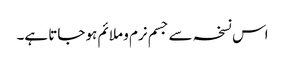
اس نسخہ سے جسم نرم و ملائم ہو جاتا ہے۔